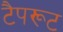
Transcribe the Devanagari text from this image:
टैपरूट